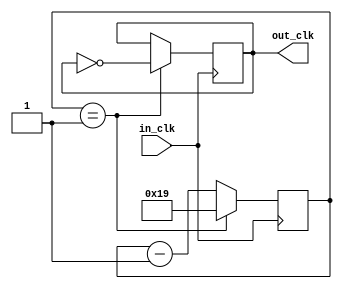
module sysClk(in_clk, out_clk);
	input in_clk;
	output reg out_clk;
	reg [4:0]counter;
	parameter counter_max = 25;
	initial 
	begin
		out_clk = 0;
		counter = counter_max;
	end

	always@(posedge in_clk) begin
		if (counter == 1) begin
			counter <= counter_max;
			out_clk <= !out_clk;
		end
		else begin
			counter <= counter - 1;
		end
	end
endmodule